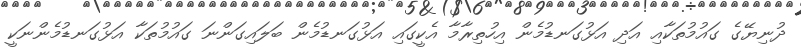
ދުނިޔޭގެ ގައުމުތަކާއި އަދި އަޅުގަނޑުމެން އިހުތިރާމާ އެކީގައި އަޅުގަނޑުމެން ބަލައިގަންނަ ގައުމުތަކާ އަޅުގަނޑުމެންނަކީ